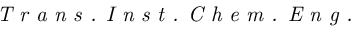
\textit { T r a n s . I n s t . C h e m . E n g . }